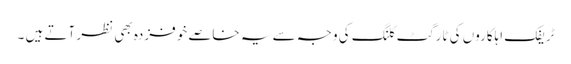
ٹریفک اہلکاروں کی ٹارگٹ کلنگ کی وجہ سے یہ خاصے خوفزدہ بھی نظر آتے ہیں ۔